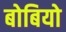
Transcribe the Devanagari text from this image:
बोबियो